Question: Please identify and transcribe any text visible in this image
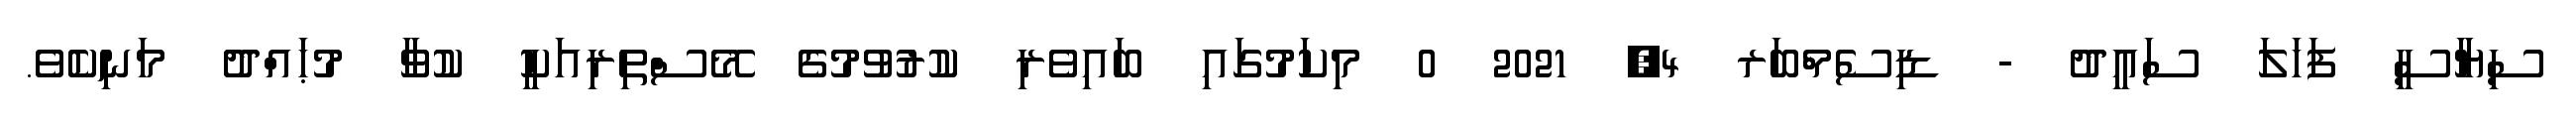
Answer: ސިޔާސީ ފަހަލަ ސަޢީދު - ޑިސެމްބަރ 4, 2021 0 މިކަމުގައި ބައިވެރި ކުރުވުމުގެ މޭސްތިރިއަކީ ކުވާ މުޙައްދު މަނިކެވެ.